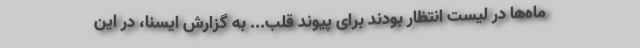
ماه‌ها در لیست انتظار بودند برای پیوند قلب... به گزارش ایسنا، در این